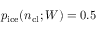
p _ { \mathrm { i c e } } ( n _ { \mathrm { c l } } ; W ) = 0 . 5